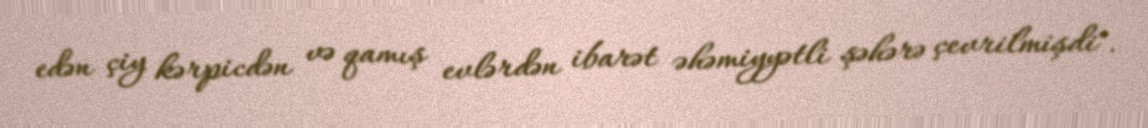
edən çiy kərpicdən və qamış evlərdən ibarət əhəmiyyətli şəhərə çevrilmişdi".